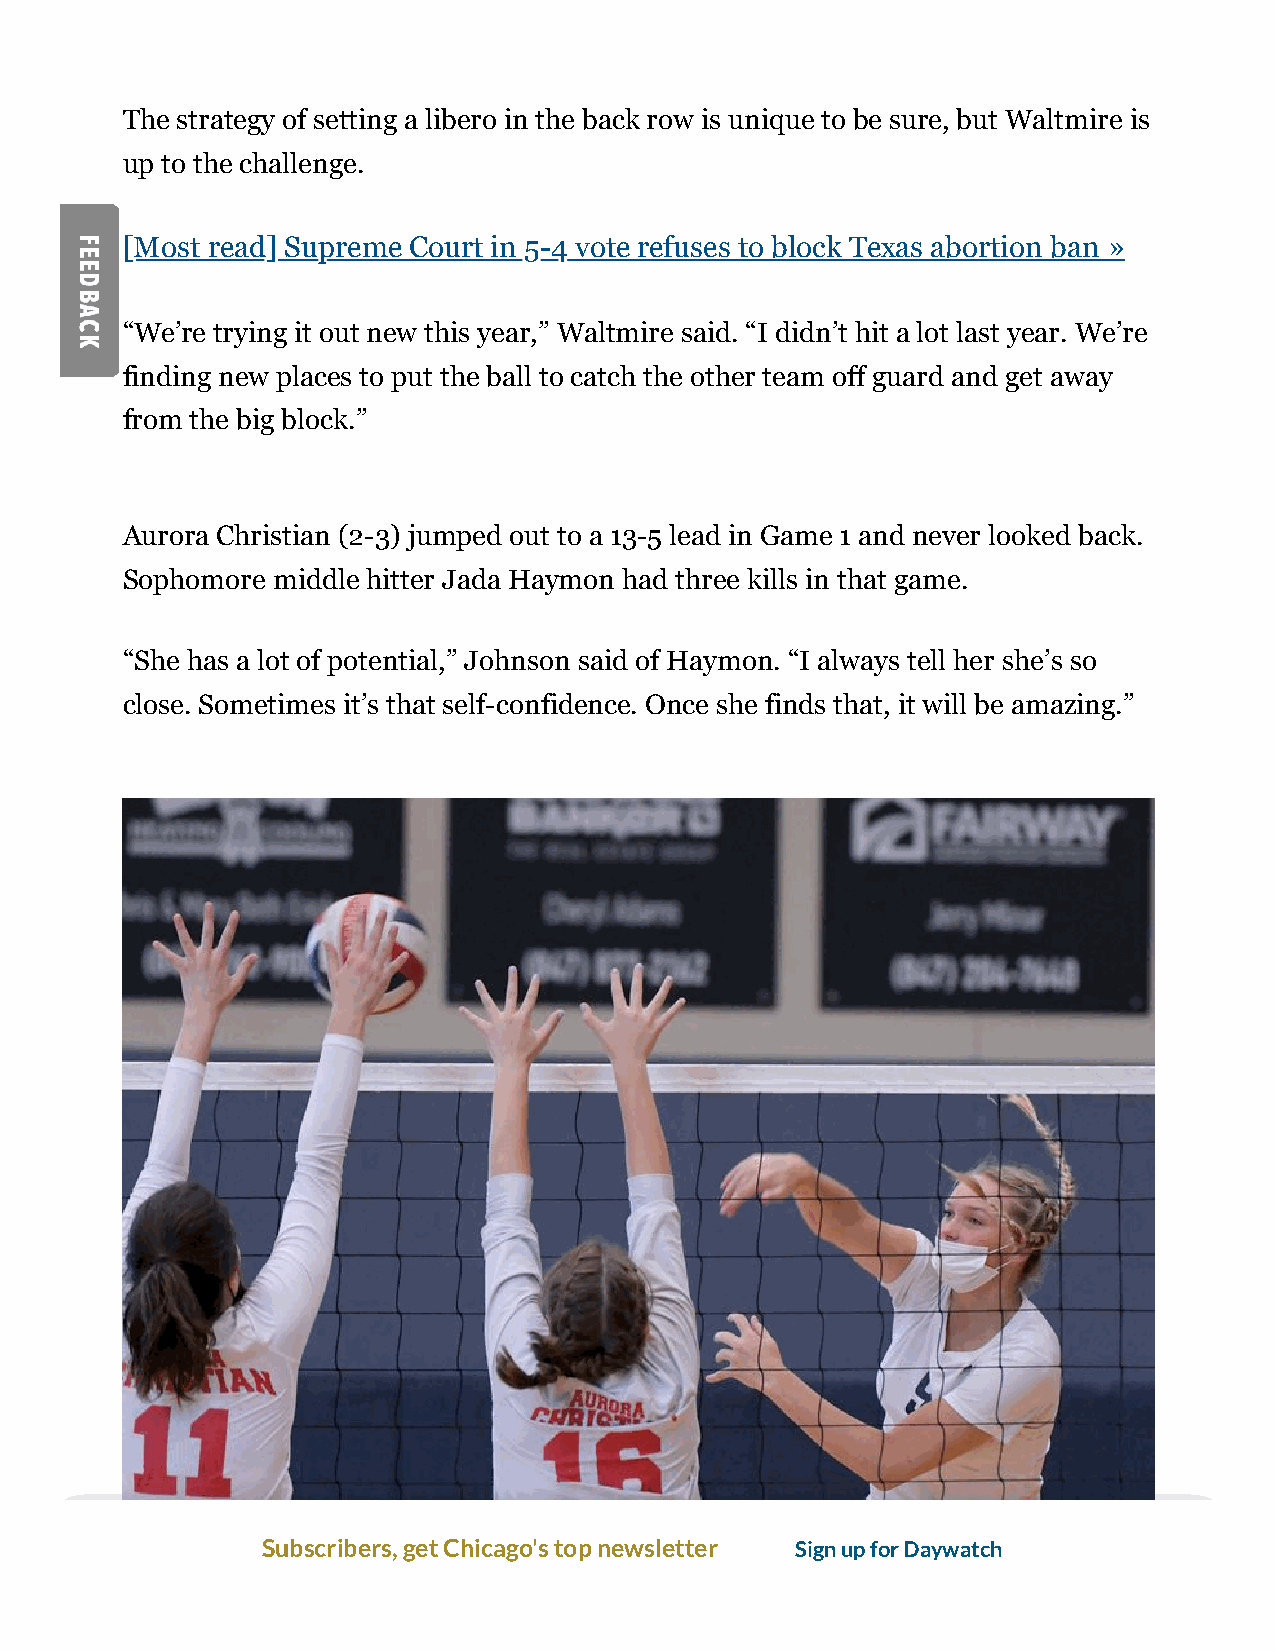
The strategy of setting a libero in the back row is unique to be sure, but Waltmire is
 up to the challenge.
 [Most read] Supreme Court in 5-4 vote refuses to block Texas abortion ban »
 “We’re trying it out new this year,” Waltmire said. “I didn’t hit a lot last year. We’re
 finding new places to put the ball to catch the other team off guard and get away
 from the big block.”
 Aurora Christian (2-3) jumped out to a 13-5 lead in Game 1 and never looked back.
 Sophomore middle hitter Jada Haymon had three kills in that game.
 “She has a lot of potential,” Johnson said of Haymon. “I always tell her she’s so
 close. Sometimes it’s that self-confidence. Once she finds that, it will be amazing.”
 Subscribers, get Chicago's top newsletter Sign up for Daywatch
 Harvest Christian's Hayley Martin (9) hits the ball past the block of Aurora Christian's Phoebe Caterer (11) and Madalyn
 Johnson (16) during a match in Elgin on Wednesday, Sept. 1, 2021. (Mark Black / The Beacon-News)